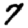
Digit: 7